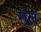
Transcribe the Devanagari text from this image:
गूल